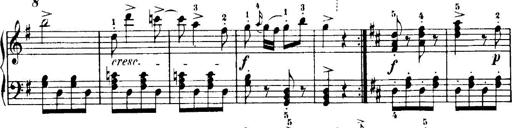
Title: 7 Sonatinas
Composer: Anton Diabelli